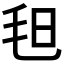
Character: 𣬰